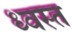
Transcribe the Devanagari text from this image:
ध्वस्‍त